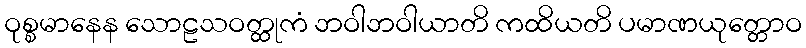
ဝုစ္စမာနေန သောဠသဝတ္ထုကံ ဘဝါဘဝါယာတိ ကထိယတိ ပမာဏယုတ္တောဝ